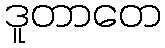
ဒူတာတေ